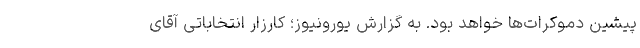
پیشین دموکرات‌ها خواهد بود. به گزارش یورونیوز؛ کارزار انتخاباتی آقای